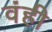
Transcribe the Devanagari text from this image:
वंही